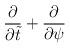
LaTeX: \begin{align*}{\partial \over \partial \tilde{t}} + {\partial \over \partial \psi}\end{align*}